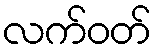
လက်ဝတ်